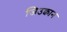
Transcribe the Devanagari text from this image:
जिउक्वान